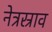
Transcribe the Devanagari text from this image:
नेत्रस्राव